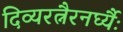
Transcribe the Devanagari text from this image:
दिव्यरत्नैरनर्घ्यैः